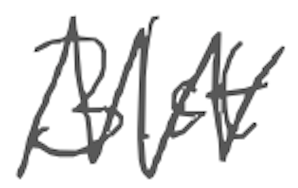
Text: 31st
Cross-out: zig-zag
Writing tool: digital_gray